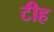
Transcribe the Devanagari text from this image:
टीह